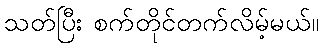
သတ်ပြီး စက်တိုင်တက်လိမ့်မယ်။